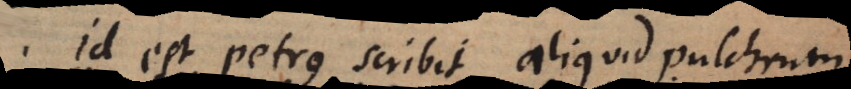
Id est Petrus scribit aliquid pulchrum